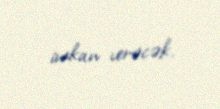
imkan verəcək.